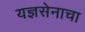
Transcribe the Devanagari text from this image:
यज्ञसेनाचा